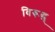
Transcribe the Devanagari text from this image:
विरूद्ध्